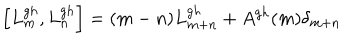
LaTeX: \left[ L _ { m } ^ { g h } , L _ { n } ^ { g h } \right] = ( m - n ) L _ { m + n } ^ { g h } + A ^ { g h } ( m ) \delta _ { m + n }